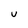
Character: U